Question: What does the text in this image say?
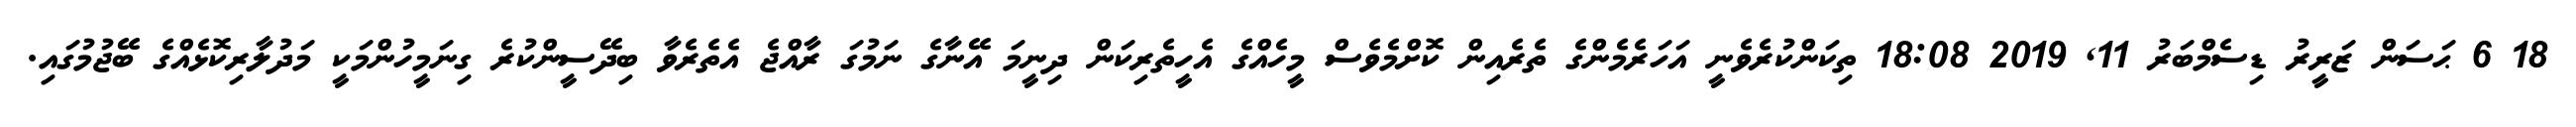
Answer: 18 6 ޙަސަން ޒަރީރު ޑިސެމްބަރު 11, 2019 18:08 ތިކަންކުރެވެނީ އަހަރެމެންގެ ތެރެއިން ކޮށްމެވެސް މީހެއްގެ އެހީތެރިކަން ދިނީމަ އޭނާގެ ނަމުގަ ރާއްޖެ އެތެރެވާ ބިދޭސީންކުރެ ގިނަމީހުންމަކީ މަދުލާރިކޮޅެއްގެ ބޭޖުމުގައި.